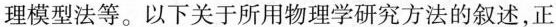
理模型法等。以下关于所用物理学研究方法的叙述，正